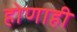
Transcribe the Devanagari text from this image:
होणाही